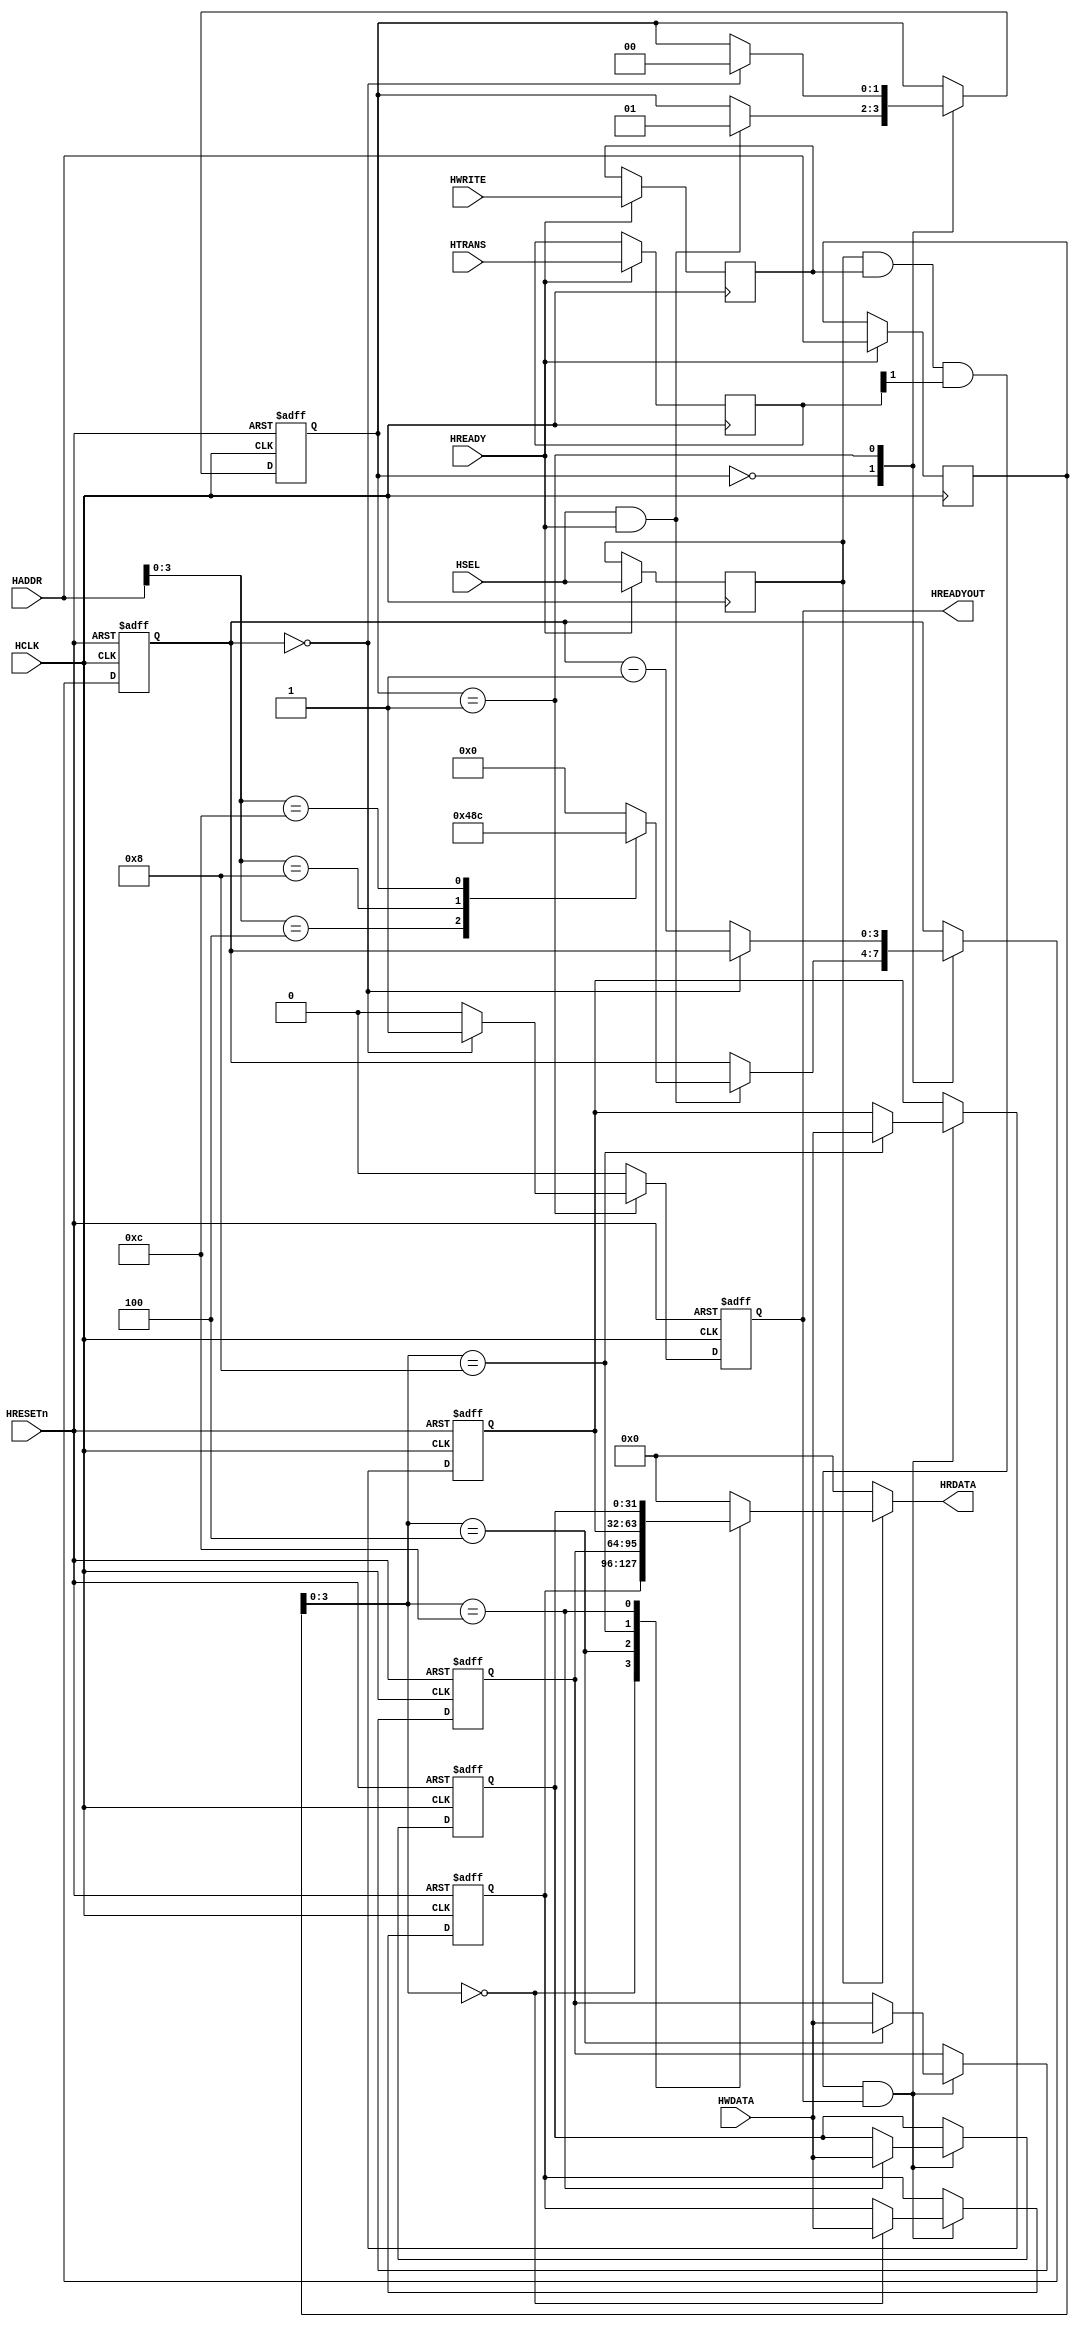
//////////////////////////////////////////////////////////////////////////////////
//END USER LICENCE AGREEMENT                                                    //
//                                                                              //
//Copyright (c) 2012, ARM All rights reserved.                                  //
//                                                                              //
//THIS END USER LICENCE AGREEMENT (LICENCE) IS A LEGAL AGREEMENT BETWEEN      //
//YOU AND ARM LIMITED ("ARM") FOR THE USE OF THE SOFTWARE EXAMPLE ACCOMPANYING  //
//THIS LICENCE. ARM IS ONLY WILLING TO LICENSE THE SOFTWARE EXAMPLE TO YOU ON   //
//CONDITION THAT YOU ACCEPT ALL OF THE TERMS IN THIS LICENCE. BY INSTALLING OR  //
//OTHERWISE USING OR COPYING THE SOFTWARE EXAMPLE YOU INDICATE THAT YOU AGREE   //
//TO BE BOUND BY ALL OF THE TERMS OF THIS LICENCE. IF YOU DO NOT AGREE TO THE   //
//TERMS OF THIS LICENCE, ARM IS UNWILLING TO LICENSE THE SOFTWARE EXAMPLE TO    //
//YOU AND YOU MAY NOT INSTALL, USE OR COPY THE SOFTWARE EXAMPLE.                //
//                                                                              //
//ARM hereby grants to you, subject to the terms and conditions of this Licence,//
//a non-exclusive, worldwide, non-transferable, copyright licence only to       //
//redistribute and use in source and binary forms, with or without modification,//
//for academic purposes provided the following conditions are met:              //
//a) Redistributions of source code must retain the above copyright notice, this//
//list of conditions and the following disclaimer.                              //
//b) Redistributions in binary form must reproduce the above copyright notice,  //
//this list of conditions and the following disclaimer in the documentation     //
//and/or other materials provided with the distribution.                        //
//                                                                              //
//THIS SOFTWARE EXAMPLE IS PROVIDED BY THE COPYRIGHT HOLDER "AS IS" AND ARM     //
//EXPRESSLY DISCLAIMS ANY AND ALL WARRANTIES, EXPRESS OR IMPLIED, INCLUDING     //
//WITHOUT LIMITATION WARRANTIES OF MERCHANTABILITY AND FITNESS FOR A PARTICULAR //
//PURPOSE, WITH RESPECT TO THIS SOFTWARE EXAMPLE. IN NO EVENT SHALL ARM BE LIABLE/
//FOR ANY DIRECT, INDIRECT, INCIDENTAL, PUNITIVE, OR CONSEQUENTIAL DAMAGES OF ANY/
//KIND WHATSOEVER WITH RESPECT TO THE SOFTWARE EXAMPLE. ARM SHALL NOT BE LIABLE //
//FOR ANY CLAIMS, DAMAGES OR OTHER LIABILITY, WHETHER IN AN ACTION OF CONTRACT, //
//TORT OR OTHERWISE, ARISING FROM, OUT OF OR IN CONNECTION WITH THE SOFTWARE    //
//EXAMPLE OR THE USE OR OTHER DEALINGS IN THE SOFTWARE EXAMPLE. FOR THE AVOIDANCE/
// OF DOUBT, NO PATENT LICENSES ARE BEING LICENSED UNDER THIS LICENSE AGREEMENT.//
//////////////////////////////////////////////////////////////////////////////////


module AHBDUMMY2(
  //Inputs
  input wire HSEL,
  input wire HCLK,
  input wire HRESETn,
  input wire [31:0] HADDR,
  input wire [1:0] HTRANS,
  input wire [31:0] HWDATA,
  input wire HWRITE,
  input wire HREADY,

  //Output
  output reg HREADYOUT,
  output reg [31:0] HRDATA
);

  //State parameters
  localparam [1:0] st_idle = 2'b00;
  localparam [1:0] st_wait = 2'b01;
  localparam [1:0] st_rw = 2'b10;

  //Register select parameters
  localparam [3:0] REG0 = 4'h0;
  localparam [3:0] REG1 = 4'h4;
  localparam [3:0] REG2 = 4'h8;
  localparam [3:0] REG3 = 4'hC;

  //State machine registers
  reg [1:0] current_state;
  reg [1:0] next_state;
  reg [3:0] wait_reg;
  reg [3:0] wait_next;

  reg HREADYOUT_next;

  //Data Regs
  reg [31:0] d_reg0;
  reg [31:0] d_reg1;
  reg [31:0] d_reg2;
  reg [31:0] d_reg3;

  //AHB-Lite Address Phase Regs
  reg last_HSEL;
  reg [31:0] last_HADDR;
  reg last_HWRITE;
  reg [1:0] last_HTRANS;


  always@ (posedge HCLK)
  begin
    if(HREADY)
      begin
        last_HSEL         <= HSEL;
        last_HADDR        <= HADDR;
        last_HWRITE       <= HWRITE;
        last_HTRANS       <= HTRANS;
      end
  end

  //State Machine
  always @(posedge HCLK, negedge HRESETn)
  begin
    if(!HRESETn)
      begin
        current_state <= st_idle;
        HREADYOUT <= 1'b0;
        wait_reg <= 4'h0;
      end
    else
      begin
        current_state <= next_state;
        HREADYOUT <= HREADYOUT_next;
        wait_reg <= wait_next;
      end
  end

  //Next State Logic
  always @*
  begin
    next_state = current_state;
    HREADYOUT_next = 1'b0;
    wait_next = wait_reg;
    case(current_state)
      st_idle:
        if(HSEL & HREADY)
          begin
            next_state = st_wait;
            case(HADDR[3:0])
              REG0:wait_next = 4'h0;
              REG1:wait_next = 4'h4;
              REG2:wait_next = 4'h8;
              REG3:wait_next = 4'hC;
              default: wait_next = 4'h0;
            endcase
          end
      st_wait:
        if(wait_reg == 0)
          begin
            next_state = st_idle;
            HREADYOUT_next = 1'b1;
          end
        else
          wait_next = wait_reg - 1'b1;
          
    endcase
  end





  //Register 0
  always @(posedge HCLK, negedge HRESETn)
  begin
    if(!HRESETn)
      d_reg0 <= 32'h0000_0000;
    else if(last_HSEL & last_HWRITE & last_HTRANS[1] & HREADYOUT)
      if(last_HADDR[3:0] == REG0)
        d_reg0 <= HWDATA;
  end


  //Register 1
  always @(posedge HCLK, negedge HRESETn)
  begin
    if(!HRESETn)
      d_reg1 <= 32'h0000_0000;
    else if(last_HSEL & last_HWRITE & last_HTRANS[1] & HREADYOUT)
      if(last_HADDR[3:0] == REG1)
        d_reg1 <= HWDATA;
  end

  //Register 2
  always @(posedge HCLK, negedge HRESETn)
  begin
    if(!HRESETn)
      d_reg2 <= 32'h0000_0000;
    else if(last_HSEL & last_HWRITE & last_HTRANS[1] & HREADYOUT)
      if(last_HADDR[3:0] == REG2)
        d_reg2 <= HWDATA;
  end

  //Register 3
  always @(posedge HCLK, negedge HRESETn)
  begin
    if(!HRESETn)
      d_reg3 <= 32'h0000_0000;
    else if(last_HSEL & last_HWRITE & last_HTRANS[1] & HREADYOUT)
      if(last_HADDR[3:0] == REG3)
        d_reg3 <= HWDATA;
  end

  //Multiplexer for Output
  always @*
  begin
    if(last_HSEL)
      case(last_HADDR[3:0])
        REG0:
          HRDATA = d_reg0;
        REG1:
          HRDATA = d_reg1;
        REG2:
          HRDATA = d_reg2;
        REG3:
          HRDATA = d_reg3;
        default:
          HRDATA = 0;
      endcase
    else
      HRDATA = 0;
  end

endmodule